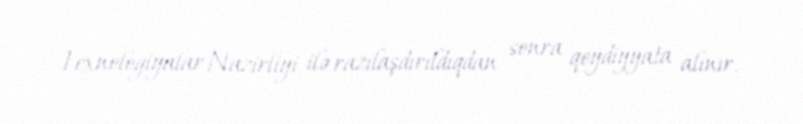
Texnologiyalar Nazirliyi ilə razılaşdırıldıqdan sonra qeydiyyata alınır.